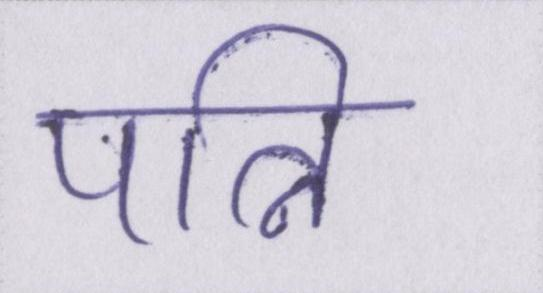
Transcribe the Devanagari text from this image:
पत्नि